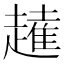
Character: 𧽭